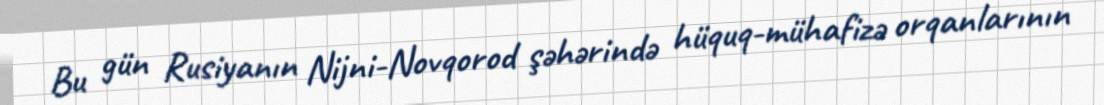
Bu gün Rusiyanın Nijni-Novqorod şəhərində hüquq-mühafizə orqanlarının